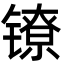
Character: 镣